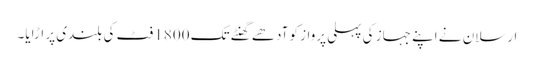
ارسلان نے اپنے جہاز کی پہلی پرواز کو آدھے گھنٹے تک 1800 فٹ کی بلندی پر اڑایا۔